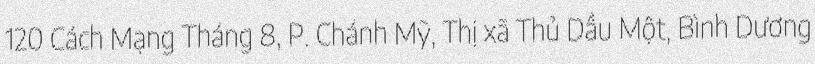
120 Cách Mạng Tháng 8, P. Chánh Mỹ, Thị xã Thủ Dầu Một, Bình Dương